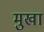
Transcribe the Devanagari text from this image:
मुखा